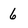
Character: 6